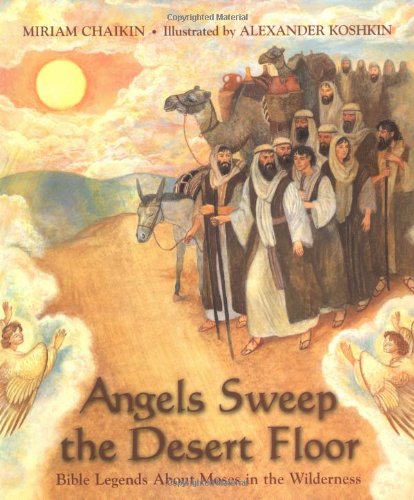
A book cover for Angels Sweep the Desert Floor: Bible Legends About Moses in the Wilderness; Miriam Chaikin; Children's Books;